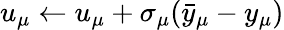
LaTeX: u_{\mu}\leftarrow u_{\mu}+\sigma_{\mu}(\bar{y}_{\mu}-y_{\mu})